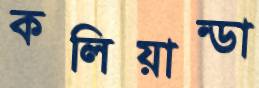
কলিয়ান্ডা